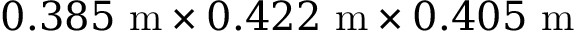
0 . 3 8 5 \ \mathrm { m } \times 0 . 4 2 2 \ \mathrm { m } \times 0 . 4 0 5 \ \mathrm { m }